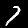
Label: 7